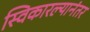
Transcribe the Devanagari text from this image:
स्विकारल्यानंतर